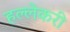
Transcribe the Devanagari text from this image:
हल्लेकरी